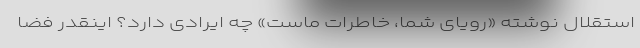
استقلال نوشته «رویای شما، خاطرات ماست» چه ایرادی دارد؟ اینقدر فضا